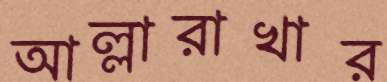
আল্লারাখার